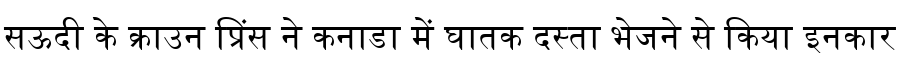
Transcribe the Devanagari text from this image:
सऊदी के क्राउन प्रिंस ने कनाडा में घातक दस्ता भेजने से किया इनकार